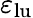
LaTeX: \varepsilon_{\mathrm{lu}}